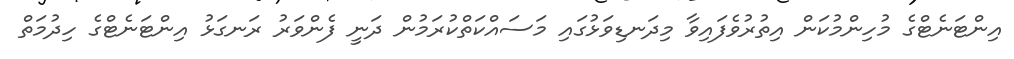
އިންޓަނެޓްގެ މުހިންމުކަން އިތުރުވެފައިވާ މިދަނޑިވަޅުގައި މަސައްކަތްކުރަމުން ދަނީ ފެންވަރު ރަނގަޅު އިންޓަނެޓްގެ ހިދުމަތް